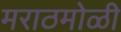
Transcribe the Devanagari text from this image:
मराठमोळी